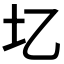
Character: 𫭖